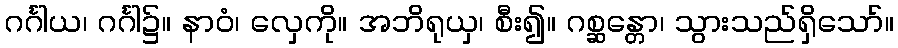
ဂင်္ဂါယ၊ ဂင်္ဂါ၌။ နာဝံ၊ လှေကို။ အဘိရုယှ၊ စီး၍။ ဂစ္ဆန္တော၊ သွားသည်ရှိသော်။